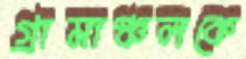
গ্রামাঞ্চলকে